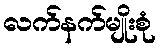
လက်နက်မျိုးစုံ